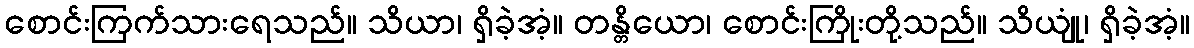
စောင်းကြက်သားရေသည်။ သိယာ၊ ရှိခဲ့အံ့။ တန္တိယော၊ စောင်းကြိုးတို့သည်။ သိယျုံ၊ ရှိခဲ့အံ့။